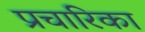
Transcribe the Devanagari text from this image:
प्रचारिका